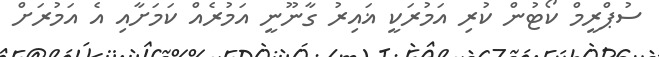
ސުޕްރީމް ކޯޓުން ކުރި އަމުރަކީ ޣައިރު ގާނޫނީ އަމުރެއް ކަމަށާއި އެ އަމުރަށް